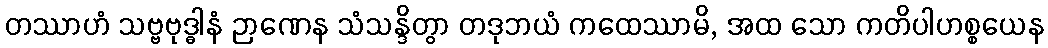
တဿာဟံ သဗ္ဗဗုဒ္ဓါနံ ဉာဏေန သံသန္ဒိတွာ တဒုဘယံ ကထေဿာမိ, အထ သော ကတိပါဟစ္စယေန